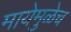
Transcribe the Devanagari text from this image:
मायेमुळेच